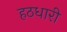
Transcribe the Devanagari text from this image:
हठधारी